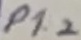
Text: P1.2